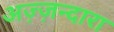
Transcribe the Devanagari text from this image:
अज़्ज़न्दारा